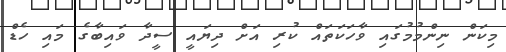
މިކަން ނިންމުމުގައި ވާހަކަތައް ކުރި އަށް ދިޔައީ ސީދާ ވައިބާގެ މައި ހެޑް